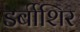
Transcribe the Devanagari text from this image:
डर्बीशिर